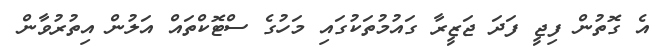
އެ ގޮތުން ފިޖީ ފަދަ ޖަޒީރާ ގައުމުތަކުގައި މަހުގެ ސްޓޮކްތައް އަލުން އިތުރުވާން